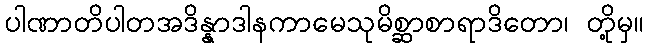
ပါဏာတိပါတအဒိန္နာဒါနကာမေသုမိစ္ဆာစာရာဒိတော၊ တို့မှ။